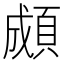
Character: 䫆